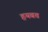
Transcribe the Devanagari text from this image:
हयबत